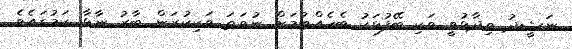
ނަޝީދު ވިދާޅުވީ ވަކި ބޭފުޅަކު ބެހެއްޓުމަށް ނުވަތަ ވަކިކުރަން ބާރު ނާޅާ ކަމުގައެވެ.